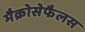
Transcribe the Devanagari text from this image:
मैक्रोसेफैलस